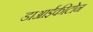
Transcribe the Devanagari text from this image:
डाआईकीटोन